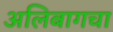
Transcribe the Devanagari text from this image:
अलिबागचा